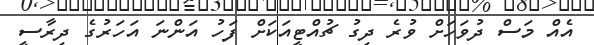
އެއް މަސް ދުވަހަށް ވުރެ ދިގު ޗުއްޓީއަކަށް ފަހު އަންނަ އަހަރުގެ ދިރާސީ